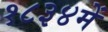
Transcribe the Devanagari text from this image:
१८३४में